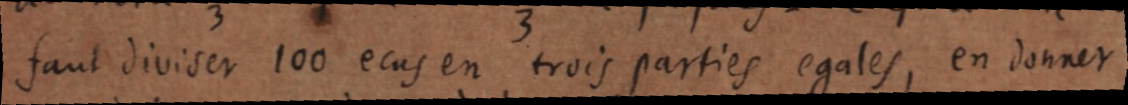
faut diviser 100 ecus en trois parties egales, en donner